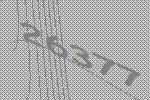
26377